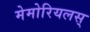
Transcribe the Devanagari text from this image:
मेमोरियलस्